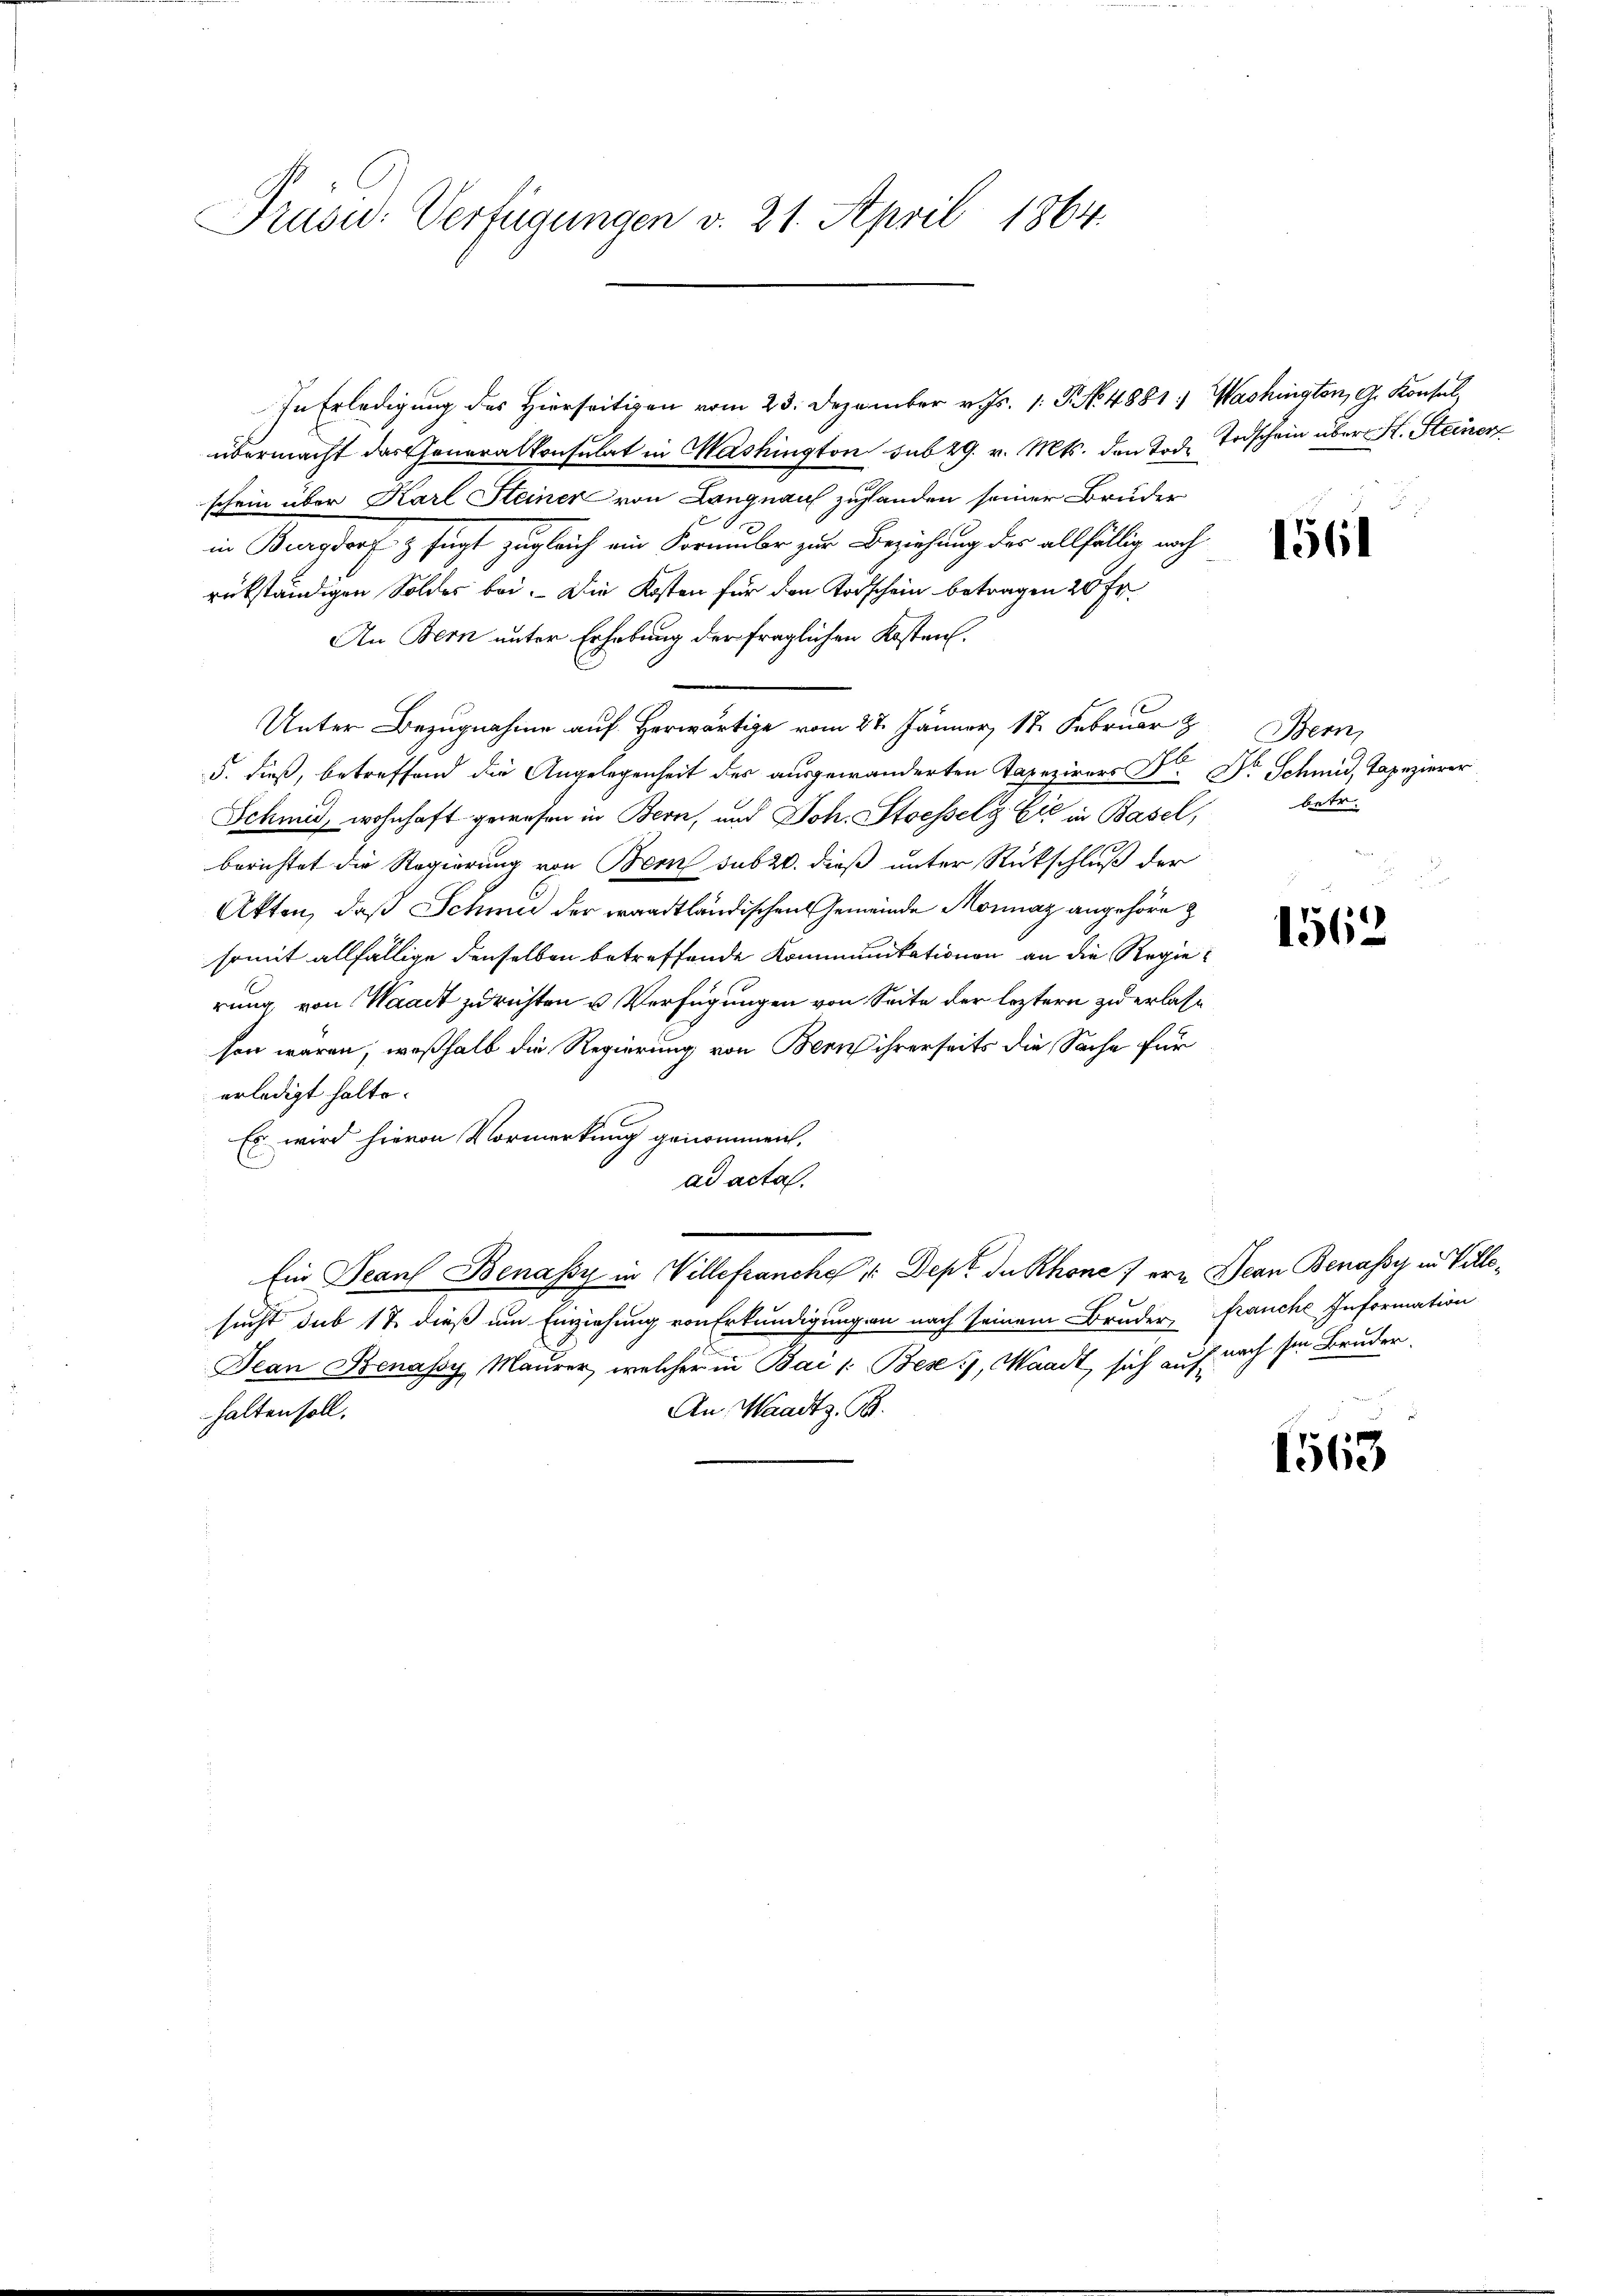
Präsid. Verfügungen v. 21. April 1864.

In Erledigung des Hierseitigen vom 23. Dezember v. Js. 1. P. No. 4881) Washington, G. Konsul,
übermacht das Generalkonsulat in Washington sub 29. v. Mts. den Tod. Todschein über H. Steiner
schein über Karl Steiner von Langnau zuhanden seiner Bruder
in Burgdorf & fügt zugleich ein Formuler zur Beziehung des allfällig noch
rükständigen Soldes bei. Die Kosten für den Todschein betragen 20 Fr.
An Bern unter Erhebung der fraglichen Kosten.
Unter Bezugnahme auf Herwärtige vom 27. Jänner, 18. Februar z
5. dieß, betreffend die Angelegenheit des ausgewanderten Tapeziers Dr. Dr Schmid, Tapezierer
Schmied, wohnhaft gewesen in Bern, und Joh. Stoesselg Eić in Basel,
berichtet die Regierung von Bern sub 20. dieß unter Rückschluß der
Akten, daß Schme der waadtländischen Gemeinde Moraz angehöre z
somit allfällige denselben betreffende Kommunitationen an die Regierung, von Waadt zu richten u. Verfügungen von Seite der leztern zu erlasson waren, weßhalb die Regierung von Bern ihrerseits die Sache für
erledigt halte.
Es wird hievon Vormerkung genommen,
ad acta.
Ein Jean Benassy in Villefranche , Dept de Rhone) ein Jean Benassy in Villesucht sub 17 dieß um Einziehung von Erkundigungen nach seinem Bruder, franche Information
Dean Benassy Maurer, welcher in Bai /: Bese), Waadt, sich auf nach sie Bruder,
An Waadt z. B.
halten soll.

1561

Bern,
betr.

1562

1563